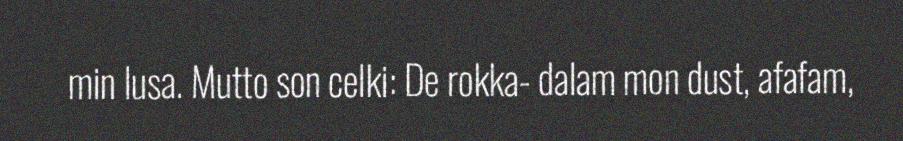
min lusa. Mutto son celki: De rokka- dalam mon dust, afafam,